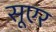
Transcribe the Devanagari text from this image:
सूएर